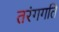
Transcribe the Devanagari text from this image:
तरंगगति